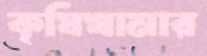
কৃষিখামার